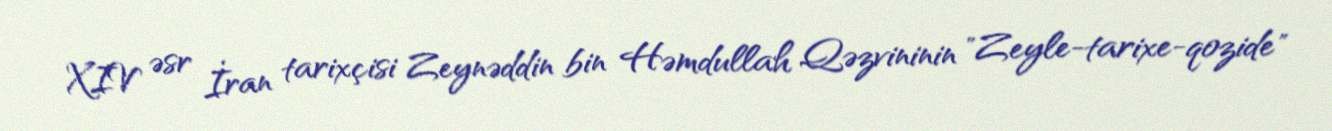
XIV əsr İran tarixçisi Zeynəddin bin Həmdullah Qəzvininin "Zeyle-tarixe-qozide"